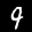
Label: 9